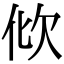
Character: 𣢉